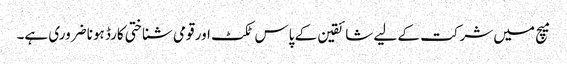
میچ میں شرکت کے لیے شائقین کے پاس ٹکٹ اور قومی شناختی کارڈ ہونا ضروری ہے۔